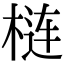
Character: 梿